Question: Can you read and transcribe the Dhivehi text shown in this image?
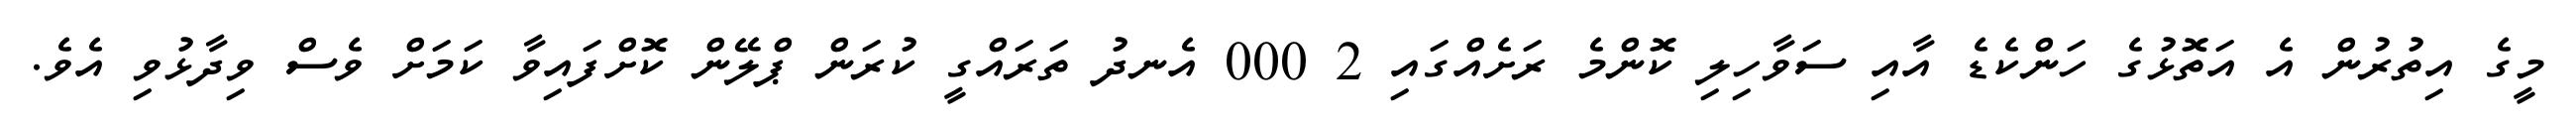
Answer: މީގެ އިތުރުން އެ އަތޮޅުގެ ހަންކެޑެ އާއި ސަވާހިލި ކޮންމެ ރަށެއްގައި 2 000 އެނދު ތަރައްގީ ކުރަން ޕްލޭން ކޮށްފައިވާ ކަމަށް ވެސް ވިދާޅުވި އެވެ.